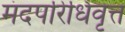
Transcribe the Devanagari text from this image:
मंदपरिधिवृत्त